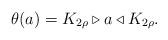
LaTeX: \begin{align*}\theta(a) = K_{2 \rho} \triangleright a \triangleleft K_{2 \rho}.\end{align*}